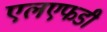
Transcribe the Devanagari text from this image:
एलएफडी